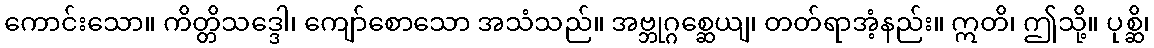
ကောင်းသော။ ကိတ္တိသဒ္ဒေါ၊ ကျော်စောသော အသံသည်။ အဗ္ဘုဂ္ဂစ္ဆေယျ၊ တတ်ရာအံ့နည်း။ ဣတိ၊ ဤသို့။ ပုစ္ဆိ၊